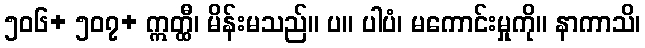
၅၀၆+ ၅၀၇+ ဣတ္ထီ၊ မိန်းမသည်။ ပ။ ပါပံ၊ မကောင်းမှုကို။ နာကာသိ၊